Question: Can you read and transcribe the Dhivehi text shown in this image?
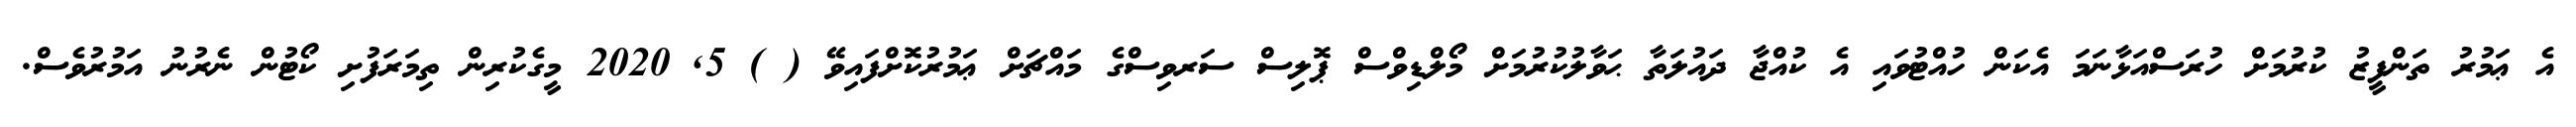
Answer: އެ ޢަމުރު ތަންފީޒު ކުރުމަށް ހުރަސްއަޅާނަމަ އެކަން ހުއްޓުވައި އެ ކުއްޖާ ދައުލަތާ ޙަވާލުކުރުމަށް މޯލްޑިވްސް ޕޮލިސް ސަރވިސްގެ މައްޗަށް ޢަމުރުކޮށްފައިވޭ ( ) 5, 2020 މީގެކުރިން ތިމަރަފުށި ކޯޓުން ނެރުނު އަމުރުވެސް.